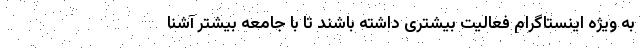
به ویژه اینستاگرام فعالیت بیشتری داشته باشند تا با جامعه بیشتر آشنا